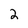
Character: 2